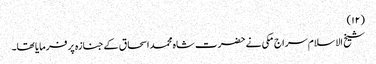
(۱۲)
شیخ الاسلام سراج مکی نے حضرت شاہ محمد اسحاق کے جنازہ پر فرمایا تھا۔